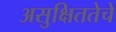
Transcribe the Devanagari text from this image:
असुक्षिततेचे